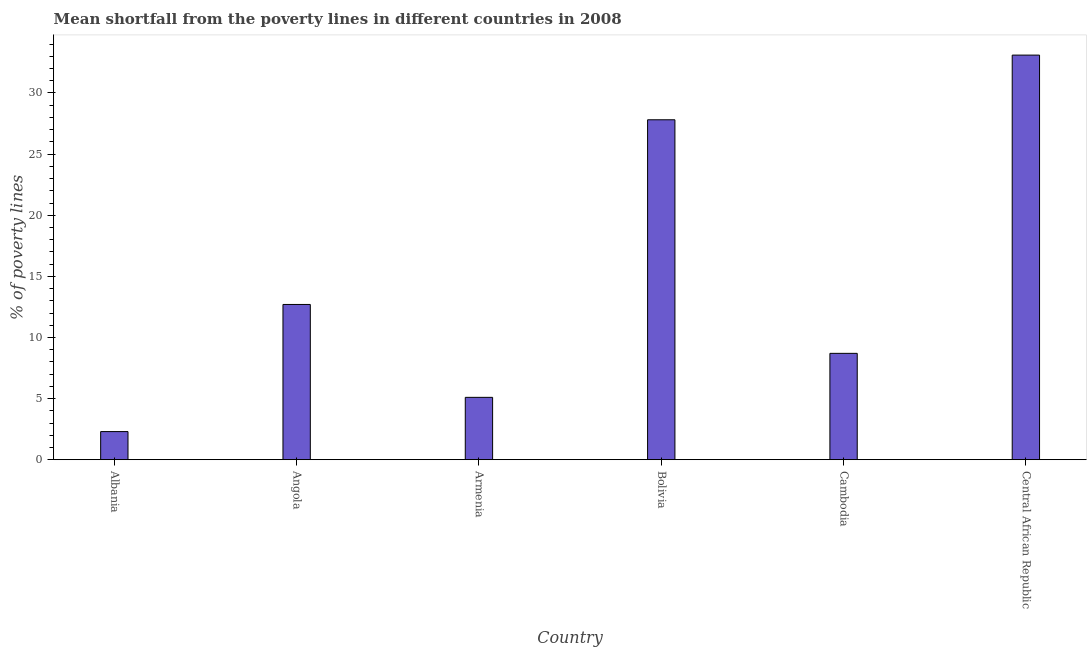
| Country | Poverty gap at national poverty lines |
 | --- | --- |
 | Albania | 2.3 |
 | Angola | 12.7 |
 | Armenia | 5.1 |
 | Bolivia | 27.8 |
 | Cambodia | 8.7 |
 | Central African Republic | 33.1 |